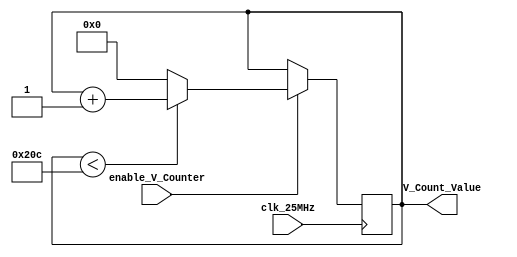
`timescale 1ns / 1ps

module vertical_counter(
    input clk_25MHz,
    input enable_V_Counter,
    output reg [15:0] V_Count_Value = 0
    );
    
    always@(posedge clk_25MHz) begin
    if(enable_V_Counter == 1'b1) begin
        if (V_Count_Value < 524)
            V_Count_Value <= V_Count_Value + 1;
        else V_Count_Value <= 0;
    end
    end
endmodule